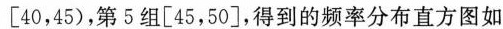
[40，45)，第5组[45，50]，得到的频率分布直方图如